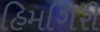
હિમગિરી